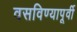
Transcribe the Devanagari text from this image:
वसविण्यापूर्वी